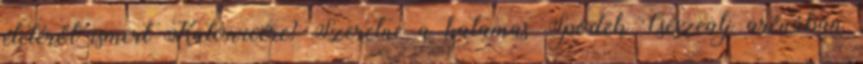
életéről ismert Katowicére? Szeretne a hatamas Spodek Csészealj arénában